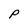
Character: P